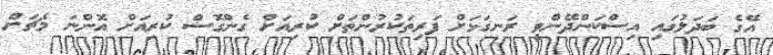
އޭގެ ބަދަލުގައި އިސްކަންދޭންވީ ރަނގަޅަށް ފަރިތަކުރުންތަށް ކުރިއަށް ގެންގޮސް ކުރިއަށް އޮންނަ މެޗަށް